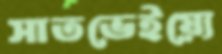
সাতভেইয়্যে